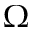
\Omega